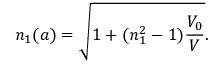
n _ { 1 } ( a ) = \sqrt { 1 + ( n _ { 1 } ^ { 2 } - 1 ) \frac { V _ { 0 } } { V } } .